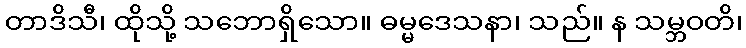
တာဒိသီ၊ ထိုသို့ သဘောရှိသော။ ဓမ္မဒေသနာ၊ သည်။ န သမ္ဘဝတိ၊